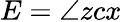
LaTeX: E=\angle zcx